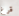
قرع